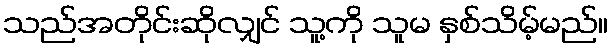
သည်အတိုင်းဆိုလျှင် သူ့ကို သူမ နှစ်သိမ့်မည်။